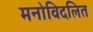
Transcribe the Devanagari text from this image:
मनोविदलित